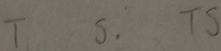
T S . T S